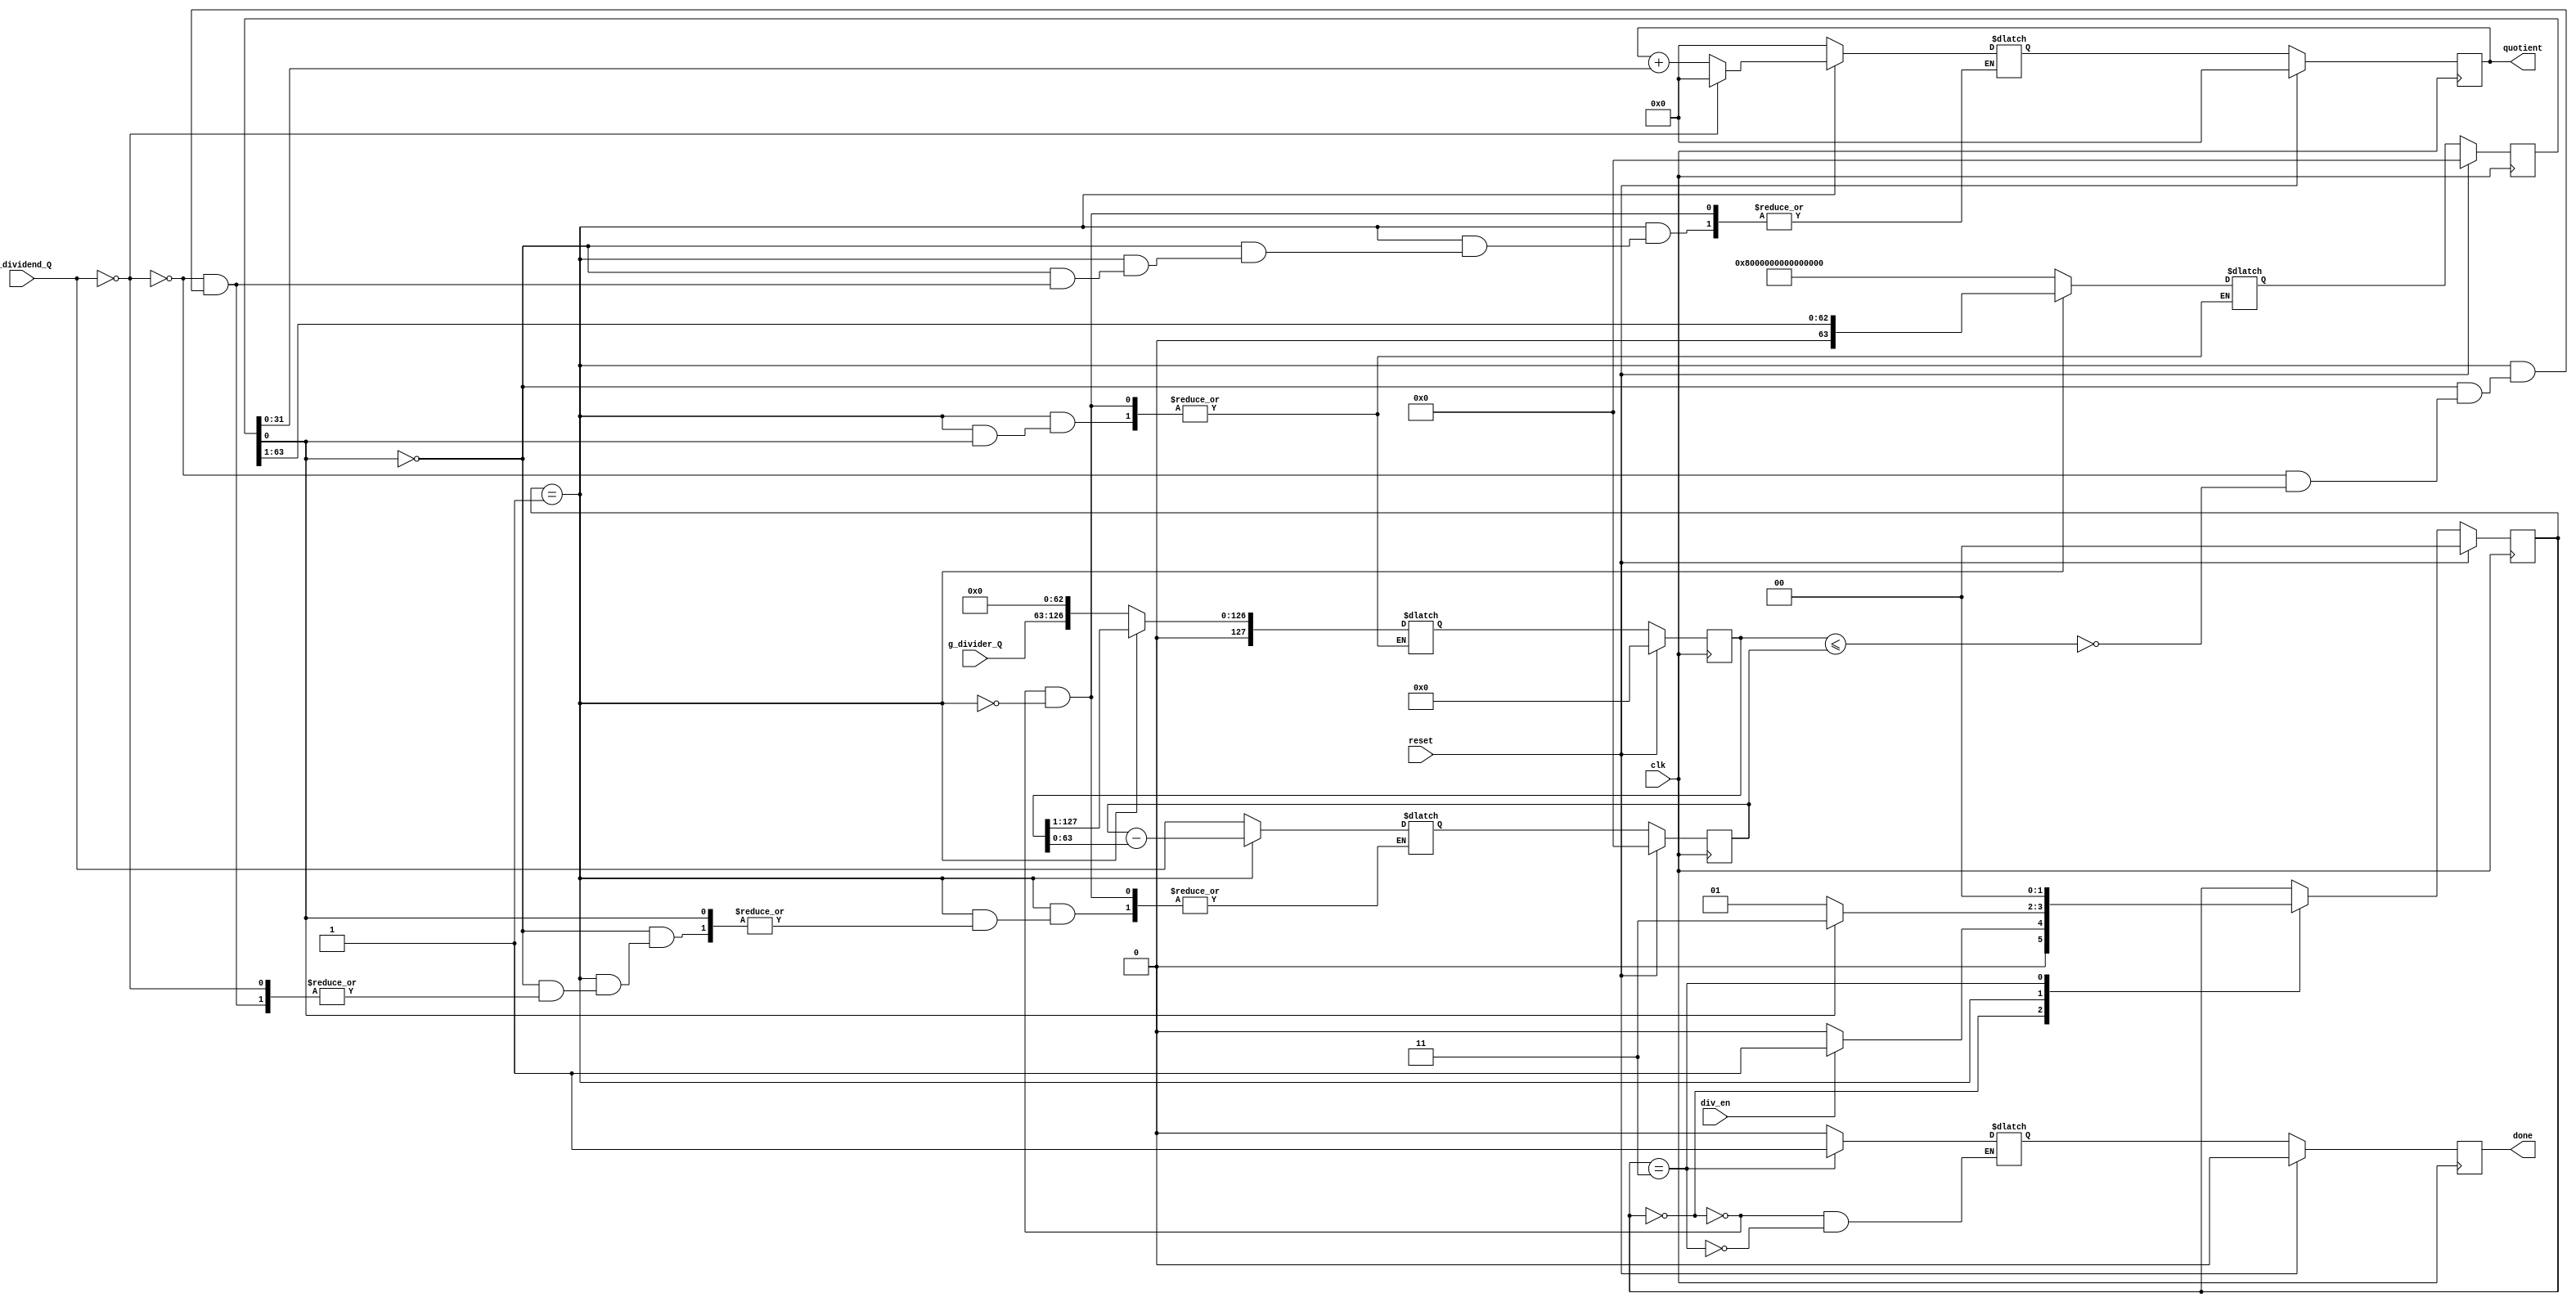
module  binary_divider(
input  wire         clk,
input  wire         reset,
input  wire         div_en,
input  wire [63:0]  g_dividend_Q,
input  wire [63:0]  g_divider_Q,
output reg  [31:0]  quotient,
output reg          done
);

//FSM STATE PARAMETERS
parameter
  IDLE      = 2'b00,
  RUN       = 2'b01,
  COMPLETE  = 2'b11;

reg   [1:0]   state;
reg   [1:0]   next_state;
reg   [63:0]  rem;
reg   [63:0]  next_rem;
reg   [127:0] prod;
reg   [127:0] next_prod;
reg   [63:0]  term;
reg   [63:0]  next_term;
reg   [31:0]  next_q;
reg           next_done;

//Moore output updates
always @(posedge clk) begin

  if(reset) begin
    state     <= IDLE;
	quotient  <= 32'd0;
    rem       <= 64'd0;
	prod      <= 128'd0;
	term      <= 64'd0;
	done      <= 1'b0;
  end
  else begin
    state     <= next_state;
	quotient  <= next_q;
	rem       <= next_rem;
	prod      <= next_prod;
	term      <= next_term;
	done      <= next_done;
  end
end


//FSM LOGIC FOR DIVISION CORE
always @(*) begin

case(state)

   IDLE:begin  //Waits for Division Enable to begin division
    next_q      = 32'd0;
	next_rem    = g_dividend_Q;
	next_prod   = {64'd0, g_divider_Q} << 63;
	next_term   = 64'h8000000000000000;
	next_done   = 1'b0;
	
	if(div_en) begin
	  next_state = RUN;
	end
	else begin
	  next_state = IDLE;
	end
   end

   RUN:begin  //Runs division for 64 cycles
    if(~term[0]) begin
	  next_prod  = prod >> 1;
	  next_term  = term >> 1;
	  next_state = RUN;
	  
	  if(g_dividend_Q == 64'd0) begin
		next_q   = 32'd0;
	  end
	  else begin
	  
	    if(prod <= {64'd0, rem}) begin
	      next_q   = quotient + term[31:0];
		  next_rem = rem - prod[63:0];
	    end
	  end
	  
	end
    else begin
      next_state = COMPLETE;
	  
	  if (g_dividend_Q == 64'd0) begin
	    next_q     = 32'd0;
	  end
	  else begin
	    next_q     = quotient + term[31:0];
	  end
	  
    end	  
   end

   COMPLETE:begin  
   //End of 64 cycles, Indicates DONE and goes back to IDLE 
   //and waits for next enable
    next_done  = 1'b1;
	next_state = IDLE;
   end
   
   default : next_state   =  state;
   
endcase
end
	
endmodule